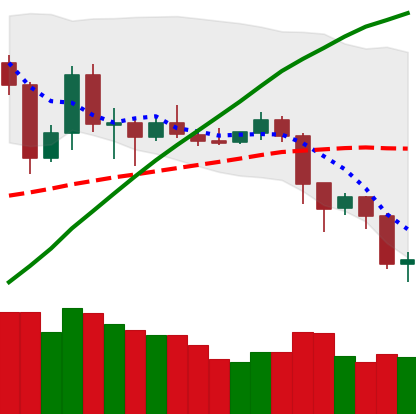
Ticker: LTC-USD
Chart end date: 2019-07-15
Forward return: 10.654%
Label: up_7plus